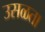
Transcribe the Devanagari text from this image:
उसळता